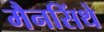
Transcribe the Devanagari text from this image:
मैनसिंथे